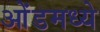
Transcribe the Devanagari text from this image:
ओंडमध्ये